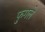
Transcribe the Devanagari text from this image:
फुगले